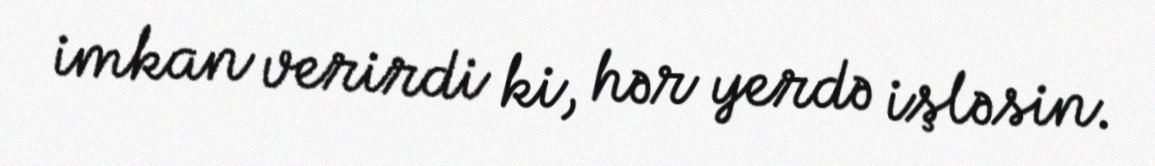
imkan verirdi ki, hər yerdə işləsin.